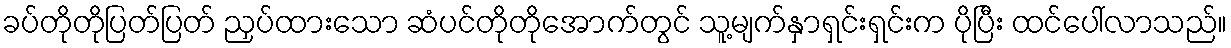
ခပ်တိုတိုပြတ်ပြတ် ညှပ်ထားသော ဆံပင်တိုတိုအောက်တွင် သူ့မျက်နှာရှင်းရှင်းက ပိုပြီး ထင်ပေါ်လာသည်။